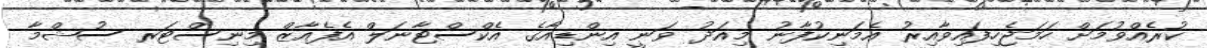
ކުރެއްވުމަށް ހަމަޖެހިފައިވާއިރު އެމަނިކުފާނު މިއަދު ވަނީ އިންޑިއާގެ އެކްސްޓާނަލް އެފެއާޒް މިނިސްޓަރ ސުޝްމާ